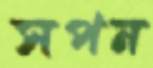
সপন